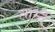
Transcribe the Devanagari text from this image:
तार्म्दे